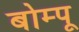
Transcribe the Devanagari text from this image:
बोम्पू